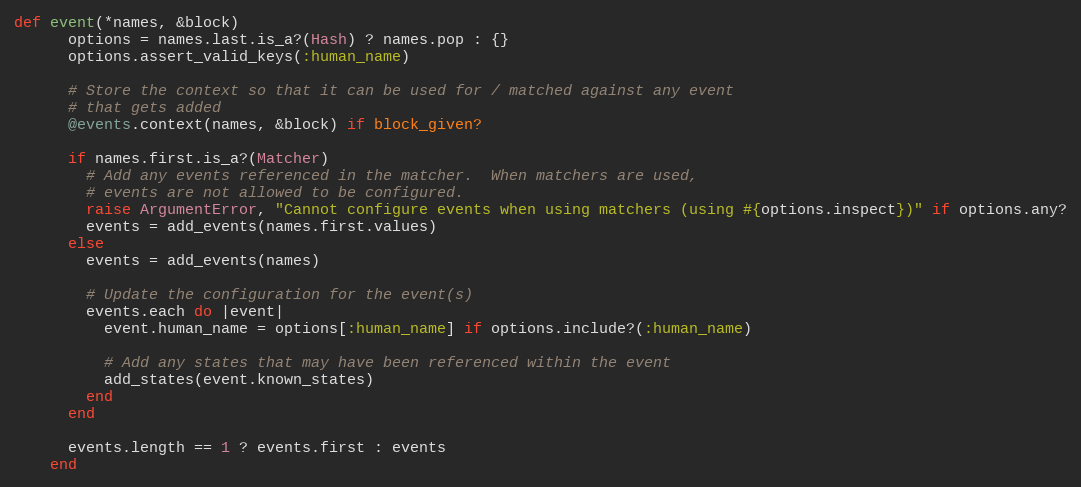
Language: Ruby
def event(*names, &block)
      options = names.last.is_a?(Hash) ? names.pop : {}
      options.assert_valid_keys(:human_name)

      # Store the context so that it can be used for / matched against any event
      # that gets added
      @events.context(names, &block) if block_given?

      if names.first.is_a?(Matcher)
        # Add any events referenced in the matcher.  When matchers are used,
        # events are not allowed to be configured.
        raise ArgumentError, "Cannot configure events when using matchers (using #{options.inspect})" if options.any?
        events = add_events(names.first.values)
      else
        events = add_events(names)

        # Update the configuration for the event(s)
        events.each do |event|
          event.human_name = options[:human_name] if options.include?(:human_name)

          # Add any states that may have been referenced within the event
          add_states(event.known_states)
        end
      end

      events.length == 1 ? events.first : events
    end